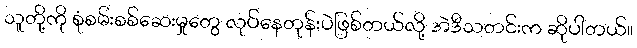
သူတို့ကို စုံစမ်းစစ်ဆေးမှုတွေ လုပ်နေတုန်းပဲဖြစ်တယ်လို့ အဲဒီသတင်းက ဆိုပါတယ်။